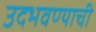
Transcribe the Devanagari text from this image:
उदभवण्याची